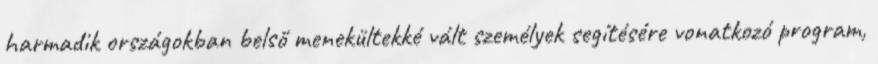
harmadik országokban belső menekültekké vált személyek segítésére vonatkozó program,